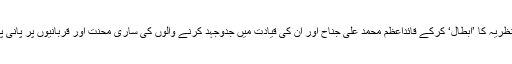
یہ لوگ دوقومی نظریہ کا ’ابطال‘ کرکے قائداعظم محمد علی جناح اور ان کی قیادت میں جدوجہد کرنے والوں کی ساری محنت اور قربانیوں پر پانی پھیرنا چاہتے ہیں۔